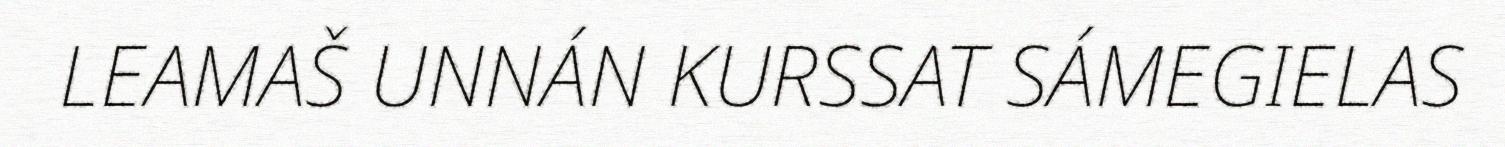
LEAMAŠ UNNÁN KURSSAT SÁMEGIELAS